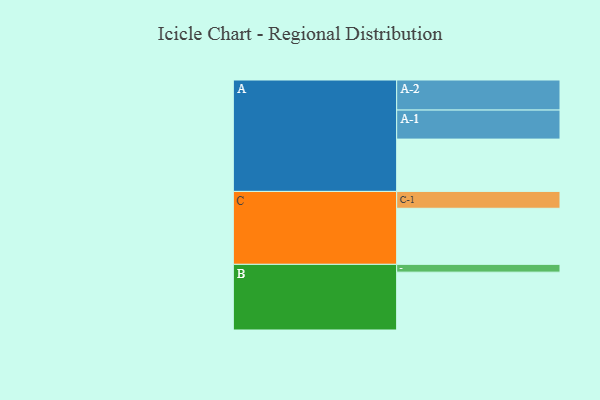
{"axis": {"x": "Segment", "y": "Value"}, "legend": ["", "A", "B", "C"], "data": [{"x": "A", "y": 416, "type": ""}, {"x": "B", "y": 460, "type": ""}, {"x": "C", "y": 446, "type": ""}, {"x": "A-1", "y": 231, "type": "A"}, {"x": "A-2", "y": 239, "type": "A"}, {"x": "B-1", "y": 62, "type": "B"}, {"x": "C-1", "y": 134, "type": "C"}]}